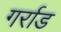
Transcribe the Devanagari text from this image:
गर्राड